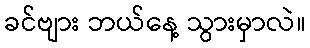
ခင်ဗျား ဘယ်နေ့ သွားမှာလဲ။